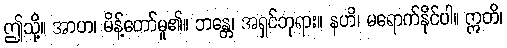
ဤသို့။ အာဟ၊ မိန့်တော်မူ၏။ ဘန္တေ၊ အရှင်ဘုရား။ နဟိ၊ မရောက်နိုင်ပါ။ ဣတိ၊